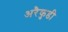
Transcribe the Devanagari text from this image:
अरैकुडी